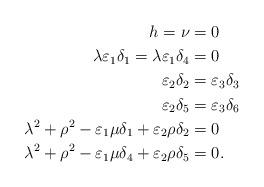
LaTeX: \begin{align*}h=\nu&=0\\\lambda\varepsilon_1\delta_1=\lambda\varepsilon_1\delta_4&=0\\\varepsilon_2\delta_2&=\varepsilon_3\delta_3\\\varepsilon_2\delta_5&=\varepsilon_3\delta_6\\\lambda^2+\rho^2-\varepsilon_1\mu\delta_1+\varepsilon_2\rho\delta_2&=0\\\lambda^2+\rho^2-\varepsilon_1\mu\delta_4+\varepsilon_2\rho\delta_5&=0.\end{align*}